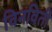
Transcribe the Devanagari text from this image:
विनविती